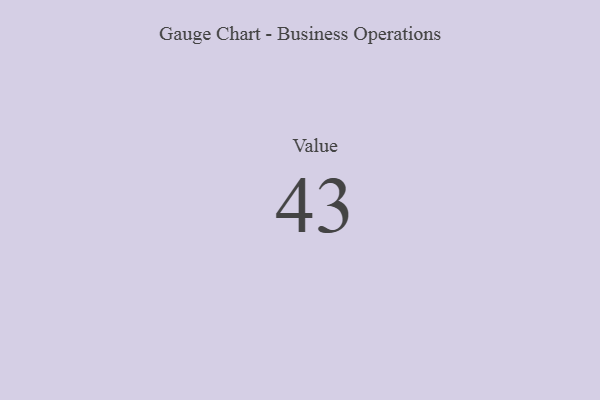
{"axis": {"x": "Metric", "y": "Value"}, "legend": [""], "data": [{"x": "Value", "y": 43, "type": ""}]}